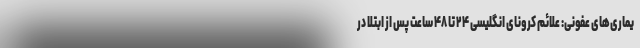
یماری‌های عفونی: علائم کرونای انگلیسی ۲۴ تا ۴۸ ساعت پس از ابتلا در